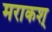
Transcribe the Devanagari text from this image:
मराकश्